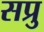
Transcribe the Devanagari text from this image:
सप्रु